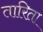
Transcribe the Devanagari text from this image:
तारिता